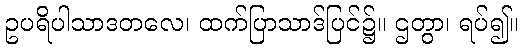
ဥပရိပါသာဒတလေ၊ ထက်ပြာသာဒ်ပြင်၌။ ဌတွာ၊ ရပ်၍။